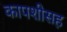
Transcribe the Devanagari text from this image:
कापशीसह